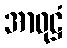
အာဝုဋ္ဌံ